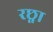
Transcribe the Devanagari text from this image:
रछ्ना